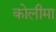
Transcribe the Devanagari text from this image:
कोलीमा